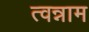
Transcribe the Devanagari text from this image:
त्वन्नाम